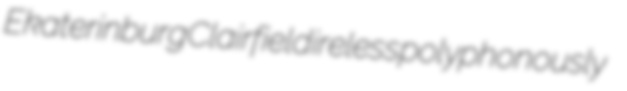
Ekaterinburg Clairfield ireless polyphonously